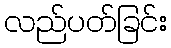
လည်ပတ်ခြင်း